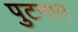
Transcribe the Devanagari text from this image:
पुटनाम